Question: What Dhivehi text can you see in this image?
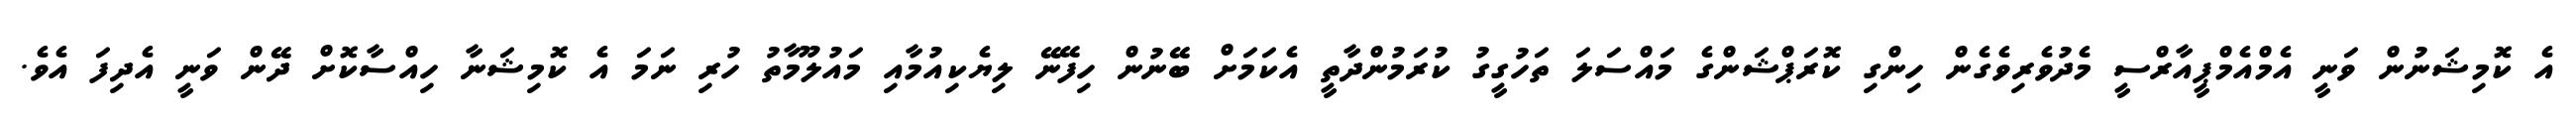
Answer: އެ ކޮމިޝަނުން ވަނީ އެމްއެމްޕީއާރްސީ މެދުވެރިވެގެން ހިންގި ކޮރަޕްޝަންގެ މައްސަލަ ތަހުގީގު ކުރަމުންދާތީ އެކަމަށް ބޭނުން ހިފޭނޭ ލިޔެކިއުމާއި މައުލޫމާތު ހުރި ނަމަ އެ ކޮމިޝަނާ ހިއްސާކޮށް ދޭން ވަނީ އެދިފަ އެވެ.